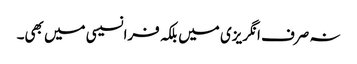
نہ صرف انگریزی میں بلکہ فرانسیسی میں بھی۔